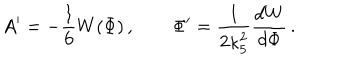
A ^ { \prime } = - { \frac { 1 } { 6 } } W ( \Phi ) \, , \qquad \Phi ^ { \prime } = { \frac { 1 } { 2 \kappa _ { 5 } ^ { 2 } } } { \frac { d W } { d \Phi } } \, .